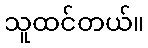
သူထင်တယ်။